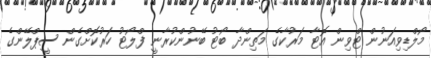
މޯލްޑިވިއަނުން ޓްވިން އޮޓާ މަރުކާގެ މަތިންދާ ބޯޓު ބޭނުންކުރާނީ ފްލޯޓު ހަރުކޮށްގެން ސީޕްލޭންގެ